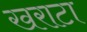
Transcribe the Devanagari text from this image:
खराटा